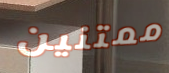
ممتنين